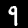
Label: 9